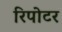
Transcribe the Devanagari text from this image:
रिपोटर